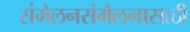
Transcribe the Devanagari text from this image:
संमेलनसंमेलनासाठी